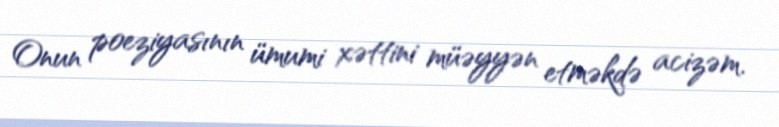
Onun poeziyasının ümumi xəttini müəyyən etməkdə acizəm.